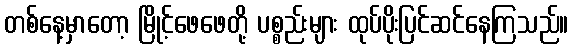
တစ်နေ့မှာတော့ မြိုင့်ဖေဖေတို့ ပစ္စည်းများ ထုပ်ပိုးပြင်ဆင်နေကြသည်။